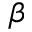
\beta